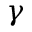
\gamma